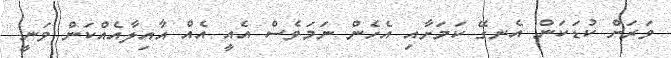
ވަރަށް ކުޑަކަން އެނގޭ ކަމަށާއި އެހެން ނަމަވެސް އެއީ އެއް އާއިލާއެއްކަން ވަނީ